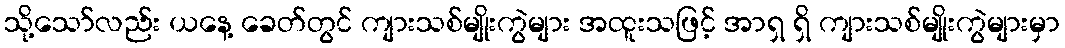
သို့သော်လည်း ယနေ့ ခေတ်တွင် ကျားသစ်မျိုးကွဲများ အထူးသဖြင့် အာရှ ရှိ ကျားသစ်မျိုးကွဲများမှာ